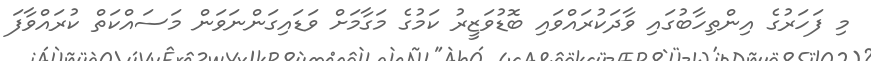
މި ފަހަރުގެ އިންތިހާބުގައި ވާދަކުރައްވައި ބޮޑުވަޒީރު ކަމުގެ މަގާމަށް ވަޑައިގަންނަވަން މަސައްކަތް ކުރައްވާފަ